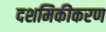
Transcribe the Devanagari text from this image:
दशमिकीकरण